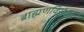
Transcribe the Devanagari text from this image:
ब्राह्मणविरोधी